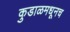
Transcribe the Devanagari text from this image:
कुडाळमधूनच